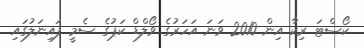
ކޯސްޓަ ރިކާ އިން 2010 ވަނަ އަހަރުގެ ވޯލްޑް ކަޕުގެ ސެމީ ފައިނަލުގައި